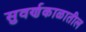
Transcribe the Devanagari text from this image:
सुवर्णकाळातील